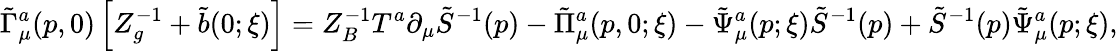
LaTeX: \tilde{\Gamma}_{\mu}^{a}(p,0)\left[Z_{g}^{-1}+\tilde{b}(0;\xi)\right]=Z_{B}^{-1}T^{a}\partial_{\mu}\tilde{S}^{-1}(p)-\tilde{\Pi}_{\mu}^{a}(p,0;\xi)-\tilde{\Psi}_{\mu}^{a}(p;\xi)\tilde{S}^{-1}(p)+\tilde{S}^{-1}(p)\tilde{\Psi}_{\mu}^{a}(p;\xi),